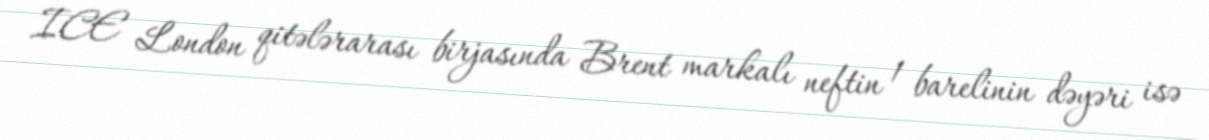
ICE London qitələrarası birjasında Brent markalı neftin 1 barelinin dəyəri isə